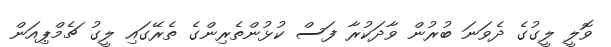
ވޮލީ ލީގުގެ ދެވަނަ ބުރުން ވާދަކުރާ ފަސް ކުޅުންތެރިންގެ ތެރޭގައި ލީގު ޗެމްޕިއަން